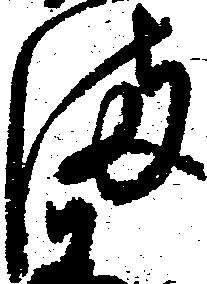
満